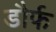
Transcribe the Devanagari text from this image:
डौर्फ